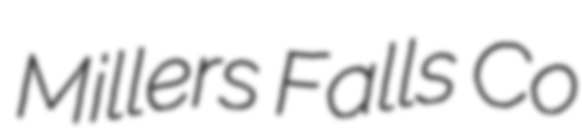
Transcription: Millers Falls Co